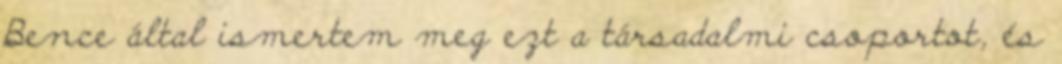
Bence által ismertem meg ezt a társadalmi csoportot, és